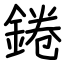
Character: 錈